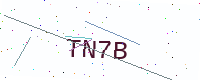
Text: TN7B